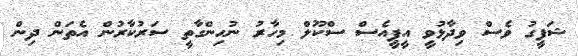
ޝަފީގު ވެސް ވިދާޅުވީ އީޕީއެސް ސްކޫލް މިހާރު ނުހިންގާތީ ސަރުކާރުން އެތަން ދިން